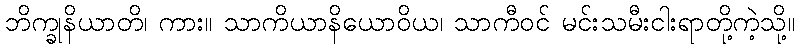
ဘိက္ခုနိယာတိ၊ ကား။ သာကိယာနိယောဝိယ၊ သာကီဝင် မင်းသမီးငါးရာတို့ကဲ့သို့။